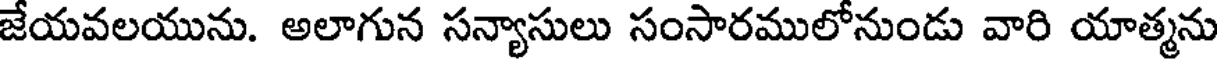
జేయవలయును. అలాగున సన్యాసులు సంసారములోనుండు వారి యాత్మను